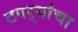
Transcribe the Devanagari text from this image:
टपर्‍यांचा